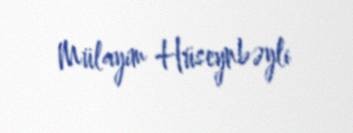
Mülayim Hüseynbəyli